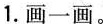
1.画一画。